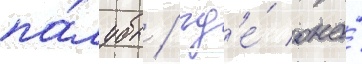
па́лубы / гд'е́ она́